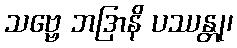
သဗ္ဗေ ဘဒြာနိ ပဿန္တု၊